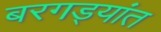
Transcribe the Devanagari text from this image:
बरगड्यांत